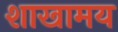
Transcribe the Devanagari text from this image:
शाखामय